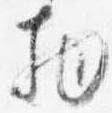
物